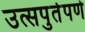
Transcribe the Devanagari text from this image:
उत्सपुर्तपणे